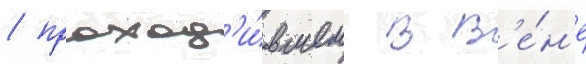
/ проход'и́вшем в в'е́н'е